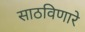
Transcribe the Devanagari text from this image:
साठविणारे